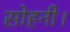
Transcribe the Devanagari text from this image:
सोहनी।